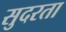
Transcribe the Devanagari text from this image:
सुदरता